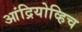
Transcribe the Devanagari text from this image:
आंद्रियोव्हिच